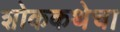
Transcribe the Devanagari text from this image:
शोककथेचा